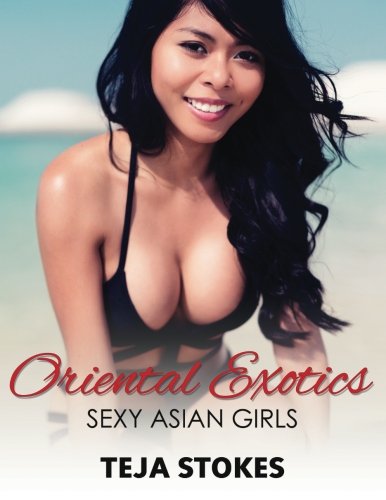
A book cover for Oriental Exotics: Sexy Asian Girls (Lingerie Models); Teja Stokes; Comics & Graphic Novels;